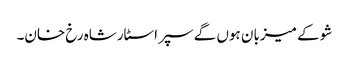
شو کے میزبان ہوں گے سپر اسٹارشاہ رخ خان۔